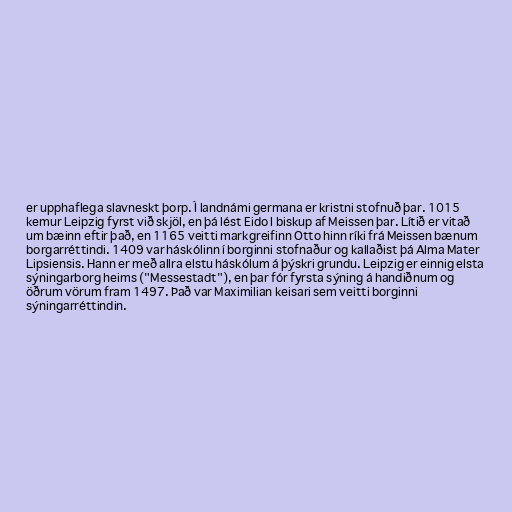
er upphaflega slavneskt þorp. Í landnámi germana er kristni stofnuð þar. 1015
kemur Leipzig fyrst við skjöl, en þá lést Eido I biskup af Meissen þar. Lítið er vitað
um bæinn eftir það, en 1165 veitti markgreifinn Otto hinn ríki frá Meissen bænum
borgarréttindi. 1409 var háskólinn í borginni stofnaður og kallaðist þá Alma Mater
Lipsiensis. Hann er með allra elstu háskólum á þýskri grundu. Leipzig er einnig elsta
sýningarborg heims ("Messestadt"), en þar fór fyrsta sýning á handiðnum og
öðrum vörum fram 1497. Það var Maximilian keisari sem veitti borginni
sýningarréttindin.